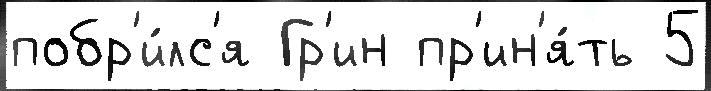
побр'и́лс'я Гр'ин пр'ин'я́ть 5